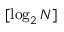
[ \log _ { 2 } N ]